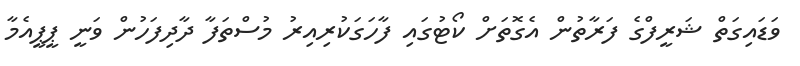
ވަޑައިގަތް ޝަރީފްގެ ފަރާތުން އެގޮތަށް ކޯޓުގައި ފާހަގަކުރިއިރު މުސްތަފާ ދާދިފަހުން ވަނީ ޕީޕީއެމާ